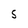
Character: S